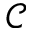
\mathcal { C }